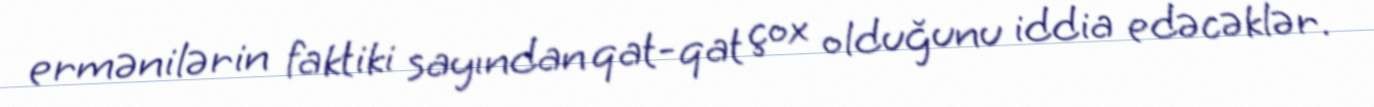
ermənilərin faktiki sayından qat-qat çox olduğunu iddia edəcəklər.